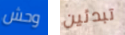
وحش تبدئين